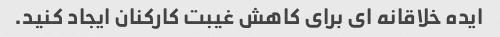
ایده خلاقانه ای برای کاهش غیبت کارکنان ایجاد کنید.